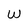
Character: W